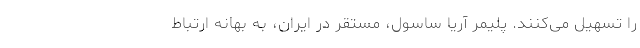
را تسهیل می‌کنند. پلیمر آریا ساسول، مستقر در ایران، به بهانه ارتباط